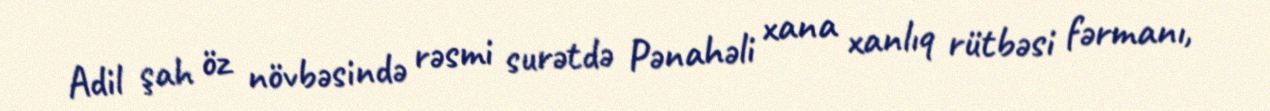
Adil şah öz növbəsində rəsmi surətdə Pənahəli xana xanlıq rütbəsi fərmanı,